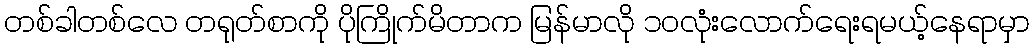
တစ်ခါတစ်လေ တရုတ်စာကို ပိုကြိုက်မိတာက မြန်မာလို ၁ဝလုံးလောက်ရေးရမယ့်နေရာမှာ